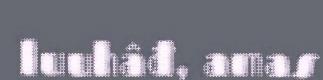
luuhâđ, amas